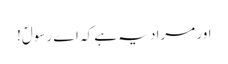
اور مراد یہ ہے کہ اے رسولؐ!